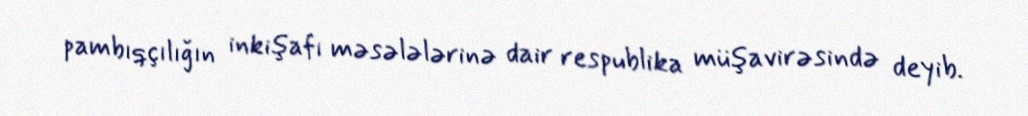
pambıqçılığın inkişafı məsələlərinə dair respublika müşavirəsində deyib.